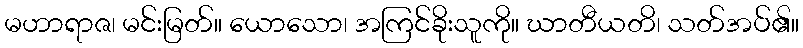
မဟာရာဇ၊ မင်းမြတ်။ ယောသော၊ အကြင်ခိုးသူကို။ ဃာတီယတိ၊ သတ်အပ်၏။